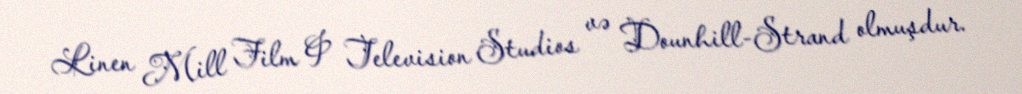
Linen Mill Film & Television Studios və Dounhill-Strand olmuşdur.